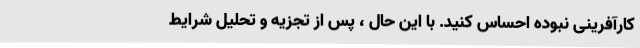
کارآفرینی نبوده احساس کنید. با این حال ، پس از تجزیه و تحلیل شرایط